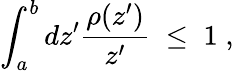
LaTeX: \int_{a}^{b}dz^{\prime}{\frac{\rho(z^{\prime})}{z^{\prime}}}\; \leq\; 1\; ,